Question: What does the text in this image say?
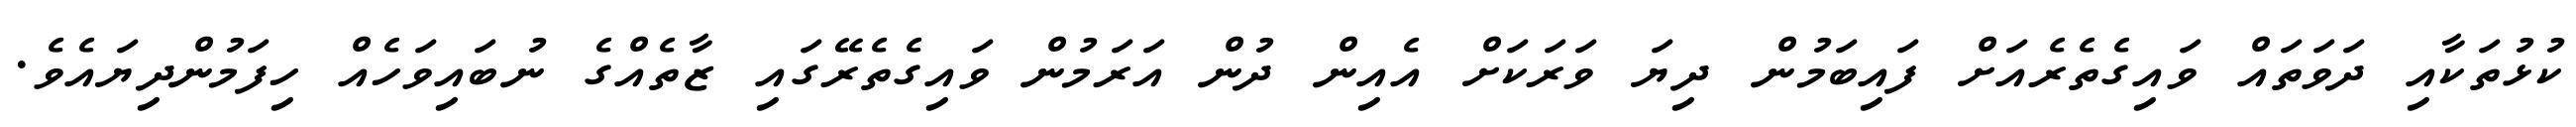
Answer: ކުޅުތަކާއި ދަވަތައް ވައިގެތެރެއަށް ފައިބަމުން ދިޔަ ވަރަކަށް އެއިން ދުން އަރަމުން ވައިގެތެރޭގައި ޒާތެއްގެ ނުބައިވަހެއް ހިފަމުންދިޔައެވެ.